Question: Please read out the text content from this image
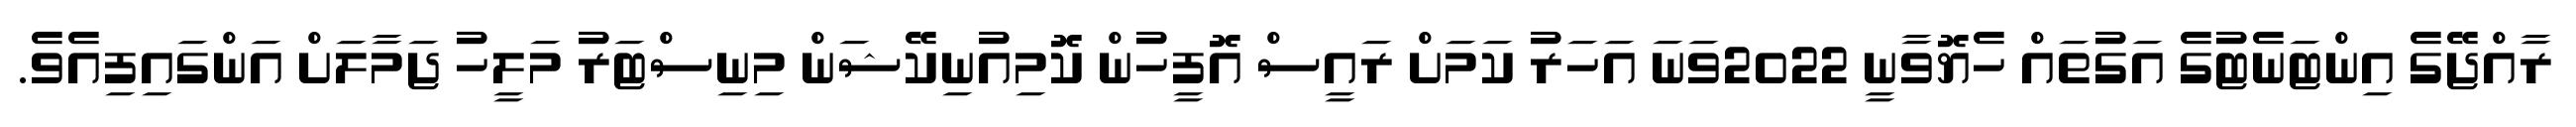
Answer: ރާއްޖޭގެ އިންޓަނެޓުގެ އަގުތައް ހެޔޮވާނީ 2022ވަނަ އަހަރު ކަމަށް ރައީސް އޮފީހުން ކޮމިއުނިކޭޝަން މިނިސްޓަރު މަލީހު ޖަމާލަށް އަންގައިފިއެވެ.